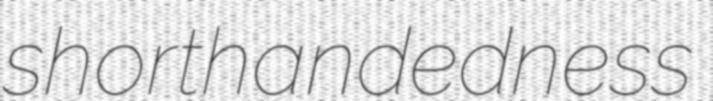
shorthandedness